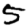
Digit: 5